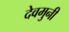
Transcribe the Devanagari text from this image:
देवमुनी